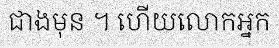
ជាងមុន ។ ហើយលោកអ្នក